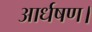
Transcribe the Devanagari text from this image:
आर्धषण।